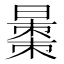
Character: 𱢦